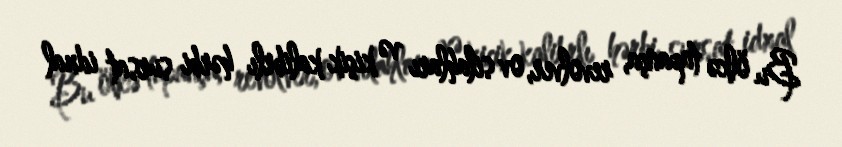
Bu ölkə tapança, revolver, ov silahları və kiçik kalibrlı hərbi sursat idxal